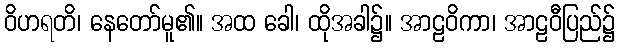
ဝိဟရတိ၊ နေတော်မူ၏။ အထ ခေါ၊ ထိုအခါ၌။ အာဠဝိကာ၊ အာဠဝီပြည်၌